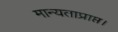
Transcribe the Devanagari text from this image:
मान्यताप्राप्त।